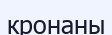
кронаны